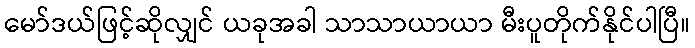
မော်ဒယ်ဖြင့်ဆိုလျှင် ယခုအခါ သာသာယာယာ မီးပူတိုက်နိုင်ပါပြီ။